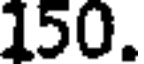
150.